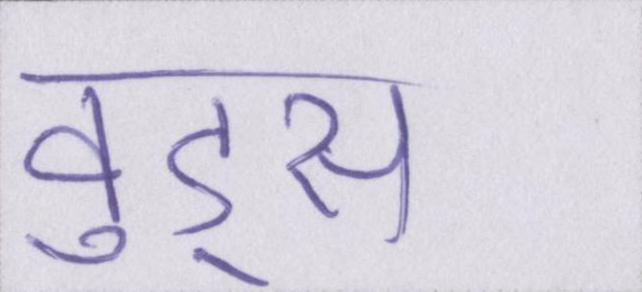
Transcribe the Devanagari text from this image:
वुड्स